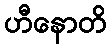
ဟီနောတိ